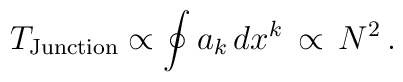
T_{\rm Junction} \propto \oint a_k \, dx^k \,  \propto\, N^2\, .